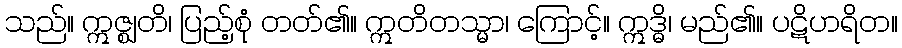
သည်။ ဣဇ္ဈတိ၊ ပြည့်စုံ တတ်၏။ ဣတိတသ္မာ၊ ကြောင့်။ ဣဒ္ဓိ၊ မည်၏။ ပဋိဟရိတ။